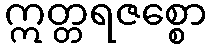
ဣတ္တရဇစ္စော